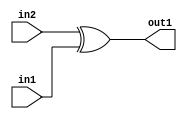
`timescale 1ps / 1ps
/*****************************************************************************
    Verilog RTL Description
    
    
    Created by: CellMath Designer 2019.1.01 
*******************************************************************************/

module DFT_compute_Xor_1Ux1U_1U_4 (
	in2,
	in1,
	out1
	); /* architecture "behavioural" */ 
input  in2,
	in1;
output  out1;
wire  asc001;

assign asc001 = 
	(in2)
	^(in1);

assign out1 = asc001;
endmodule

/* CADENCE  urfzTQo= : u9/ySgnWtBlWxVPRXgAZ4Og= ** DO NOT EDIT THIS LINE ******/